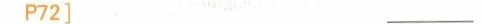
P72] __